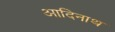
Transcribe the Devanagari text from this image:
आदिनाथ्‍ा